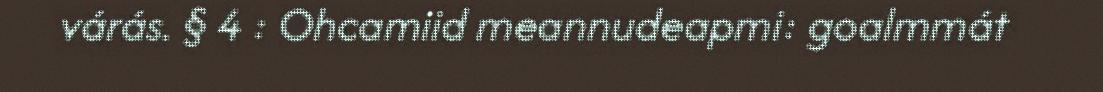
várás. § 4 : Ohcamiid meannudeapmi: goalmmát